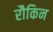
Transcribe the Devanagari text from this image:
रौकिन